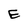
Character: E